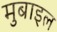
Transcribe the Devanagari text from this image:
मुबाइल